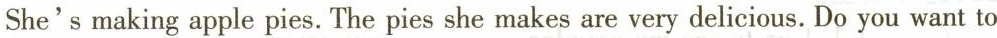
She's making apple pies.The pies she makes are very delicious.Do you want to